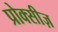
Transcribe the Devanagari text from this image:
प्रोक्सीज़